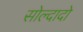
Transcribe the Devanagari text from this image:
सोल्दादो